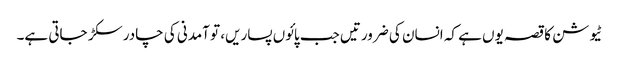
ٹیوشن کا قصہ یوں ہے کہ انسان کی ضرورتیں جب پائوں پساریں، تو آمدنی کی چادر سکڑ جاتی ہے۔